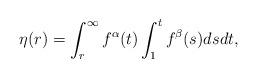
LaTeX: \begin{align*} \eta(r) = \int_r^\infty f^\alpha(t) \int_1^t f^\beta(s)ds dt, \end{align*}